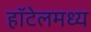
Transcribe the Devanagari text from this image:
हॉटेलमध्य